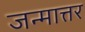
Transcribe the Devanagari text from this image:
जन्मात्तर